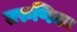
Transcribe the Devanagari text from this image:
तरुणिका